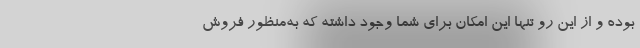
بوده و از این رو تنها این امکان برای شما وجود داشته که به‌منظور فروش